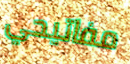
مفاتيحي